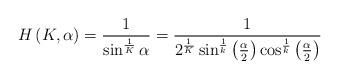
LaTeX: \begin{align*} H\left(K,\alpha\right)=\frac{1}{\sin^{\frac{1}{K}}\alpha}=\frac{1}{2^{\frac{1}{K}}\sin^{\frac{1}{k}}\left(\frac{\alpha}{2}\right)\cos^{\frac{1}{k}}\left(\frac{\alpha}{2}\right)}\end{align*}